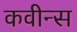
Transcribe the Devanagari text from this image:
कवीन्स